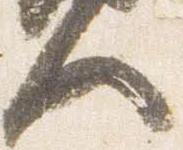
人